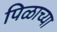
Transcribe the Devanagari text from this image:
पिळाच्या